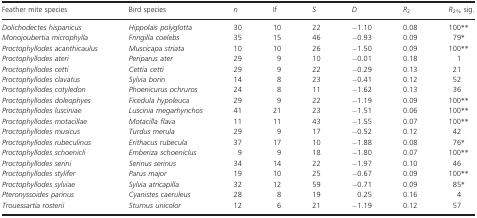
| Feather mite species | Bird species | n | If | S | D | R2 | R2% sig. |
 | --- | --- | --- | --- | --- | --- | --- | --- |
 | Dolichodectes hispanicus | Hippolais polyglotta | 30 | 10 | 22 | −1.10 | 0.08 | 100** |
 | Monojoubertia microphylla | Fringilla coelebs | 35 | 15 | 46 | −0.93 | 0.09 | 79* |
 | Proctophyllodes acanthicaulus | Muscicapa striata | 10 | 10 | 26 | −1.50 | 0.09 | 100** |
 | Proctophyllodes ateri | Periparus ater | 29 | 9 | 10 | −0.01 | 0.18 | 1 |
 | Proctophyllodes cetti | Cettia cetti | 29 | 9 | 22 | −0.29 | 0.13 | 21 |
 | Proctophyllodes clavatus | Sylvia borin | 14 | 8 | 23 | −0.41 | 0.12 | 52 |
 | Proctophyllodes cotyledon | Phoenicurus ochruros | 24 | 8 | 11 | −1.62 | 0.13 | 36 |
 | Proctophyllodes doleophyes | Ficedula hypoleuca | 29 | 9 | 22 | −1.19 | 0.09 | 100** |
 | Proctophyllodes lusciniae | Luscinia megarhynchos | 41 | 21 | 23 | −1.51 | 0.06 | 100** |
 | Proctophyllodes motacillae | Motacilla flava | 11 | 11 | 43 | −1.55 | 0.07 | 100** |
 | Proctophyllodes musicus | Turdus merula | 29 | 9 | 17 | −0.52 | 0.12 | 42 |
 | Proctophyllodes rubeculinus | Erithacus rubecula | 37 | 17 | 10 | −1.88 | 0.08 | 76* |
 | Proctophyllodes schoenicli | Emberiza schoeniclus | 9 | 9 | 18 | −1.80 | 0.07 | 100** |
 | Proctophyllodes serini | Serinus serinus | 34 | 14 | 22 | −1.97 | 0.10 | 46 |
 | Proctophyllodes stylifer | Parus major | 19 | 10 | 25 | −0.67 | 0.09 | 100** |
 | Proctophyllodes sylviae | Sylvia atricapilla | 32 | 12 | 59 | −0.71 | 0.09 | 85* |
 | Pteronyssoides parinus | Cyanistes caeruleus | 28 | 8 | 19 | 0.25 | 0.16 | 4 |
 | Trouessartia rosterii | Sturnus unicolor | 12 | 6 | 21 | −1.19 | 0.12 | 57 |